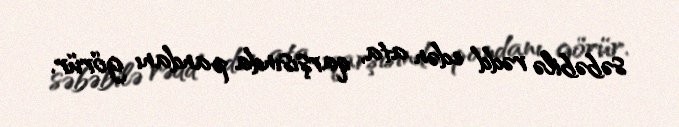
səbəbilə rədd edən ata, qarşısında pandanı görür.